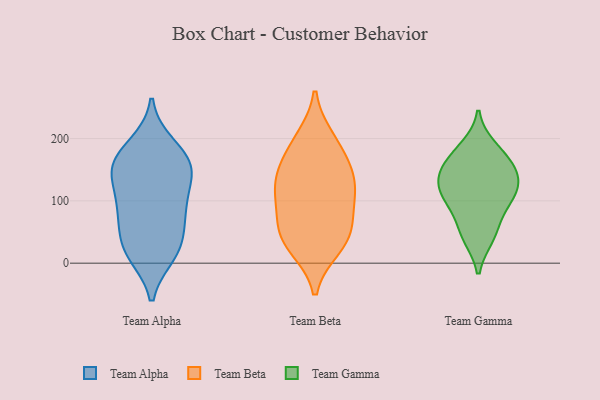
{"axis": {"x": "Population (Million)", "y": "Value"}, "legend": ["Team Alpha", "Team Beta", "Team Gamma"], "data": [{"x": "", "y": 149, "type": "Team Alpha"}, {"x": "", "y": 89, "type": "Team Alpha"}, {"x": "", "y": 159, "type": "Team Alpha"}, {"x": "", "y": 152, "type": "Team Alpha"}, {"x": "", "y": 148, "type": "Team Alpha"}, {"x": "", "y": 138, "type": "Team Alpha"}, {"x": "", "y": 95, "type": "Team Alpha"}, {"x": "", "y": 15, "type": "Team Alpha"}, {"x": "", "y": 23, "type": "Team Alpha"}, {"x": "", "y": 78, "type": "Team Alpha"}, {"x": "", "y": 21, "type": "Team Alpha"}, {"x": "", "y": 179, "type": "Team Alpha"}, {"x": "", "y": 189, "type": "Team Alpha"}, {"x": "", "y": 32, "type": "Team Alpha"}, {"x": "", "y": 78, "type": "Team Alpha"}, {"x": "", "y": 50, "type": "Team Beta"}, {"x": "", "y": 137, "type": "Team Beta"}, {"x": "", "y": 99, "type": "Team Beta"}, {"x": "", "y": 55, "type": "Team Beta"}, {"x": "", "y": 185, "type": "Team Beta"}, {"x": "", "y": 37, "type": "Team Beta"}, {"x": "", "y": 198, "type": "Team Beta"}, {"x": "", "y": 27, "type": "Team Beta"}, {"x": "", "y": 107, "type": "Team Beta"}, {"x": "", "y": 150, "type": "Team Beta"}, {"x": "", "y": 127, "type": "Team Beta"}, {"x": "", "y": 124, "type": "Team Gamma"}, {"x": "", "y": 154, "type": "Team Gamma"}, {"x": "", "y": 179, "type": "Team Gamma"}, {"x": "", "y": 91, "type": "Team Gamma"}, {"x": "", "y": 107, "type": "Team Gamma"}, {"x": "", "y": 42, "type": "Team Gamma"}, {"x": "", "y": 69, "type": "Team Gamma"}, {"x": "", "y": 41, "type": "Team Gamma"}, {"x": "", "y": 138, "type": "Team Gamma"}, {"x": "", "y": 157, "type": "Team Gamma"}, {"x": "", "y": 187, "type": "Team Gamma"}, {"x": "", "y": 112, "type": "Team Gamma"}, {"x": "", "y": 148, "type": "Team Gamma"}, {"x": "", "y": 115, "type": "Team Gamma"}]}